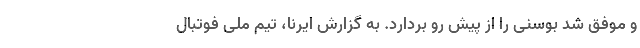
و موفق شد بوسنی را از پیش رو بردارد. به گزارش ایرنا، تیم ملی فوتبال